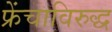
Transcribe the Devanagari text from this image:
फ्रेंचाविरुद्ध